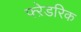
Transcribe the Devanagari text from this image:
फ्ऱेडरिक